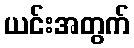
ယင်းအတွက်